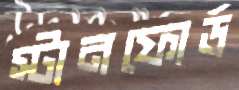
স্টানফোর্ড